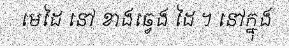
មេដៃ នៅ ខាងឆ្វេង ដៃ ។ នៅក្នុង